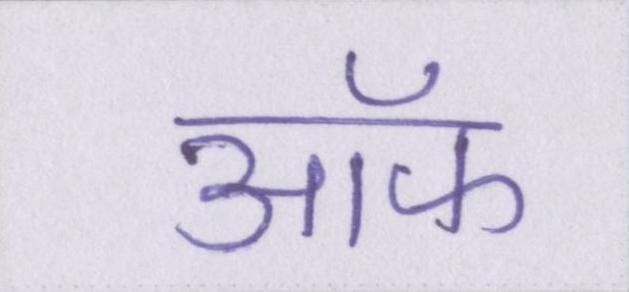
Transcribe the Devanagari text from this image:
ऑफ